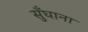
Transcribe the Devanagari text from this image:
सुँघाना